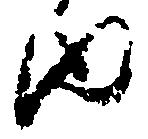
内